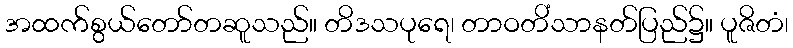
အထက်စွယ်တော်တဆူသည်။ တိဒသပုရေ၊ တာဝတိံသာနတ်ပြည်၌။ ပူဇိတံ၊